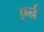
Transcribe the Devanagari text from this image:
एर्न